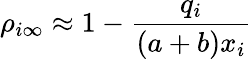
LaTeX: \rho_{i\infty}\approx 1-\frac{q_{i}}{(a+b)x_{i}}